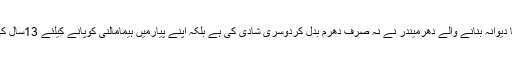
بالی ووڈ میں اپنے ٹیلنٹ سے سب کواپنا دیوانہ بنانے والے دھرمیندر نے نہ صرف دھرم بدل کردوسری شادی کی ہے بلکہ اپنے پیارمیں ہیمامالنی کوپانے کیلئے 13سال کی عمرکے فرق کوبھی نظراندازکیاہے ۔